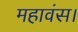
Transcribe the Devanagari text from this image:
महावंस।